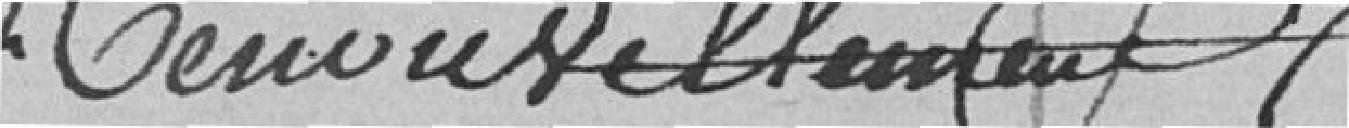
Renouvellement